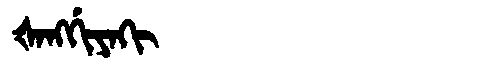
Manchu: ᡧᠠᠩᡤᡳᠶᠠᡴᡳ
Romanization: ŠANGGIYAKI